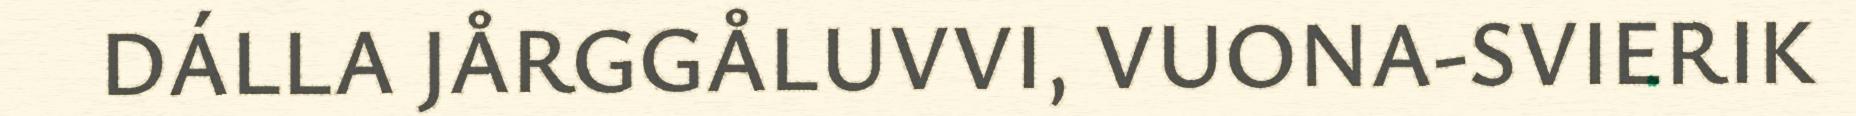
DÁLLA JÅRGGÅLUVVI, VUONA-SVIERIK